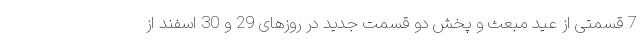
7 قسمتی از عید مبعث و پخش دو قسمت جدید در روزهای 29 و 30 اسفند از